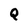
Character: Q